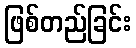
ဖြစ်တည်ခြင်း